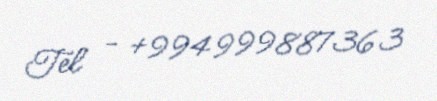
Tel - +994999887363